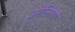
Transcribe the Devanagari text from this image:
ओलिगो